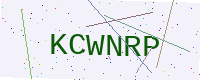
Text: KCWNRP